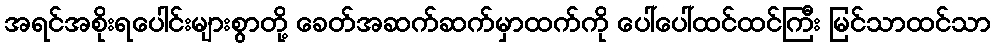
အရင်အစိုးရပေါင်းများစွာတို့ ခေတ်အဆက်ဆက်မှာထက်ကို ပေါ်ပေါ်ထင်ထင်ကြီး မြင်သာထင်သာ